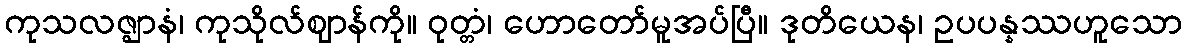
ကုသလဇ္ဈာနံ၊ ကုသိုလ်ဈာန်ကို။ ဝုတ္တံ၊ ဟောတော်မူအပ်ပြီ။ ဒုတိယေန၊ ဥပပန္နဿဟူသော